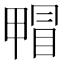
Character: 𤲰